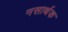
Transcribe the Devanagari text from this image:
नसार्थक